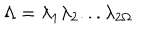
\Lambda = \lambda _ { 1 } \lambda _ { 2 } . . . \lambda _ { 2 \Omega }